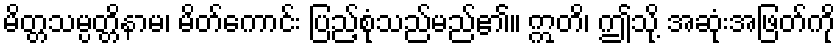
မိတ္တသမ္ပတ္တိနာမ၊ မိတ်ကောင်း ပြည့်စုံသည်မည်၏။ ဣတိ၊ ဤသို့ အဆုံးအဖြတ်ကို